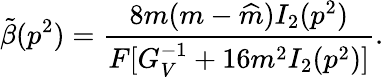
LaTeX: \tilde{\beta}(p^{2})=\frac{8m(m-\widehat{m})I_{2}(p^{2})}{F[G_{V}^{-1}+16m^{2}I_{2}(p^{2})]}.